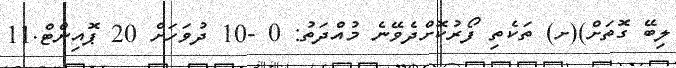
ލިބޭ ގޮތަށް)(ށ) ތަކެތި ފޯރުކޮށްދެވޭނެ މުއްދަތު: 0 -10 ދުވަހަށް 20 ޕޮއިންޓް.11